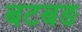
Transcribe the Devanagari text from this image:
बटबङ